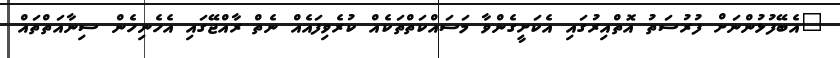
"އެބޭފުޅުންނަށް ފުރުސަތު އޮތްއިރުގައި އެކަށީގެންވާ މަސައްކަތްތަކެއް ކުރެވިފައެއް ނެތް ރާއްޖޭގައި އެހެނިހެން ސިނާއަތްތައް